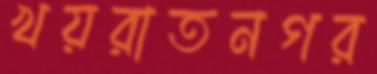
খয়রাতনগর